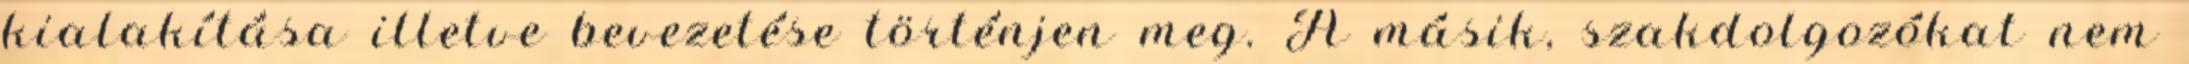
kialakítása illetve bevezetése történjen meg. A másik, szakdolgozókat nem